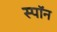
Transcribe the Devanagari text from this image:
स्पॉन